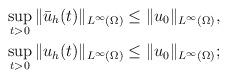
LaTeX: \begin{align*}\sup_{t>0} \|\bar{u}_h(t)\|_{L^\infty(\Omega)}&\leq \|u_0\|_{L^\infty(\Omega)}, \\\sup_{t>0} \|u_h(t)\|_{L^\infty(\Omega)}&\leq \|u_0\|_{L^\infty(\Omega)};\end{align*}